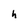
Character: h